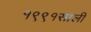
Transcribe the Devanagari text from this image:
१९९१साली